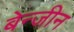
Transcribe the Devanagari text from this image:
बेन्जीन